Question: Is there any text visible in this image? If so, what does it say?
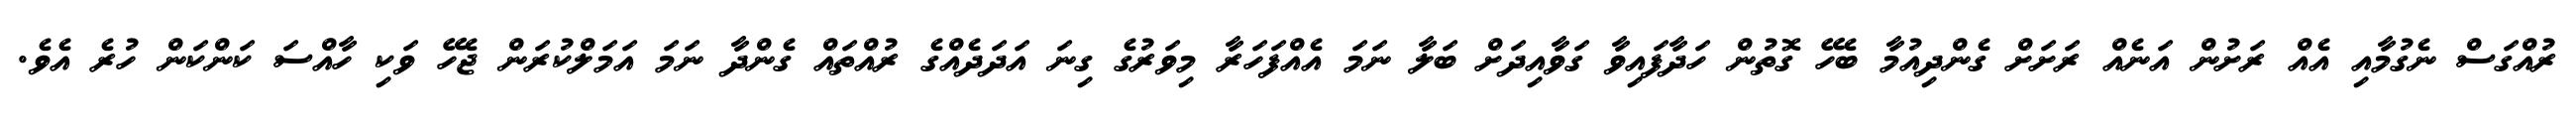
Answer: ރުއްގަސް ނެގުމާއި އެއް ރަށުން އަނެއް ރަށަށް ގެންދިއުމާ ބެހޭ ގޮތުން ހަދާފައިވާ ގަވާއިދަށް ބަލާ ނަމަ އެއްފަހަރާ މިވަރުގެ ގިނަ އަދަދެއްގެ ރުއްތައް ގެންދާ ނަމަ އަމަލްކުރަން ޖެހޭ ވަކި ހާއްސަ ކަންކަން ހުރެ އެވެ.